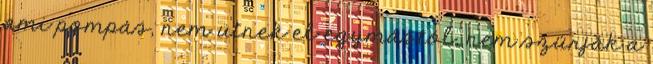
ami pompás, nem ütnek el egymástól, nem szúrják a